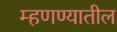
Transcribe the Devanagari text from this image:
म्हणण्यातील